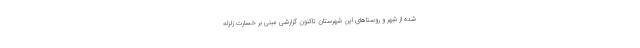
شده از شهر و روستاهای این شهرستان تاکنون گزارشی مبنی بر خسارت زلزله